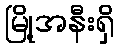
မြို့အနီးရှိ